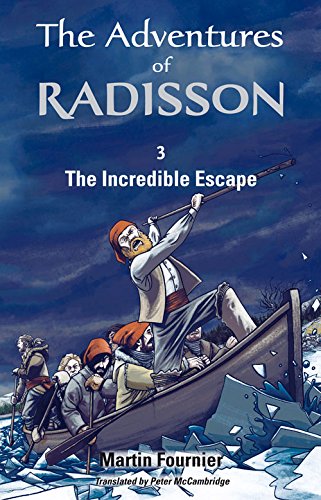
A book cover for The Incredible Escape (The Adventures of Radisson); Martin Fournier; Teen & Young Adult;